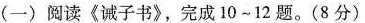
(一)阅读《诫子书》，完成10~12题。(8分)